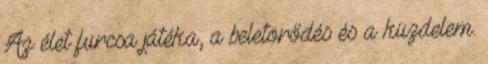
Az élet furcsa játéka, a beletörődés és a küzdelem.